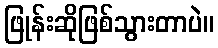
ဖြုန်းဆိုဖြစ်သွားတာပဲ။